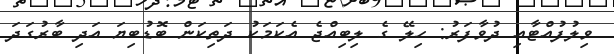
ވިލުފުއްޓާއި ދުވާފަރު: ހިލޭ ގެ ލިބިއްޖެ އެކަމަކު ދަތިކަން ބޮޑުބިޔަ އަދި ބާރުގަދަ